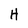
Character: H